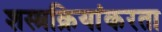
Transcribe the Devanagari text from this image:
शस्त्रक्रियांकरता